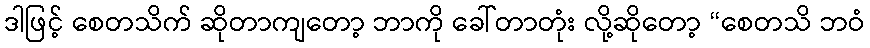
ဒါဖြင့် စေတသိက် ဆိုတာကျတော့ ဘာကို ခေါ်တာတုံး လို့ဆိုတော့ “စေတသိ ဘဝံ